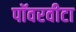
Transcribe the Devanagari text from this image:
पॉवरवीटा